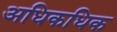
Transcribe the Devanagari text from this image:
अधिकधिक